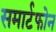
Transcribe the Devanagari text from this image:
समार्टफोन